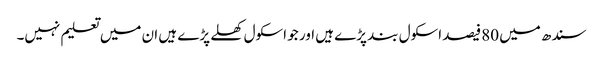
سندھ میں 80فیصد اسکول بند پڑے ہیں اور جو اسکول کھلے پڑے ہیں ان میں تعلیم نہیں۔